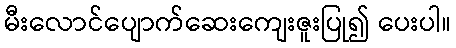
မီးလောင်ပျောက်ဆေးကျေးဇူးပြု၍ ပေးပါ။